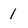
Character: 1